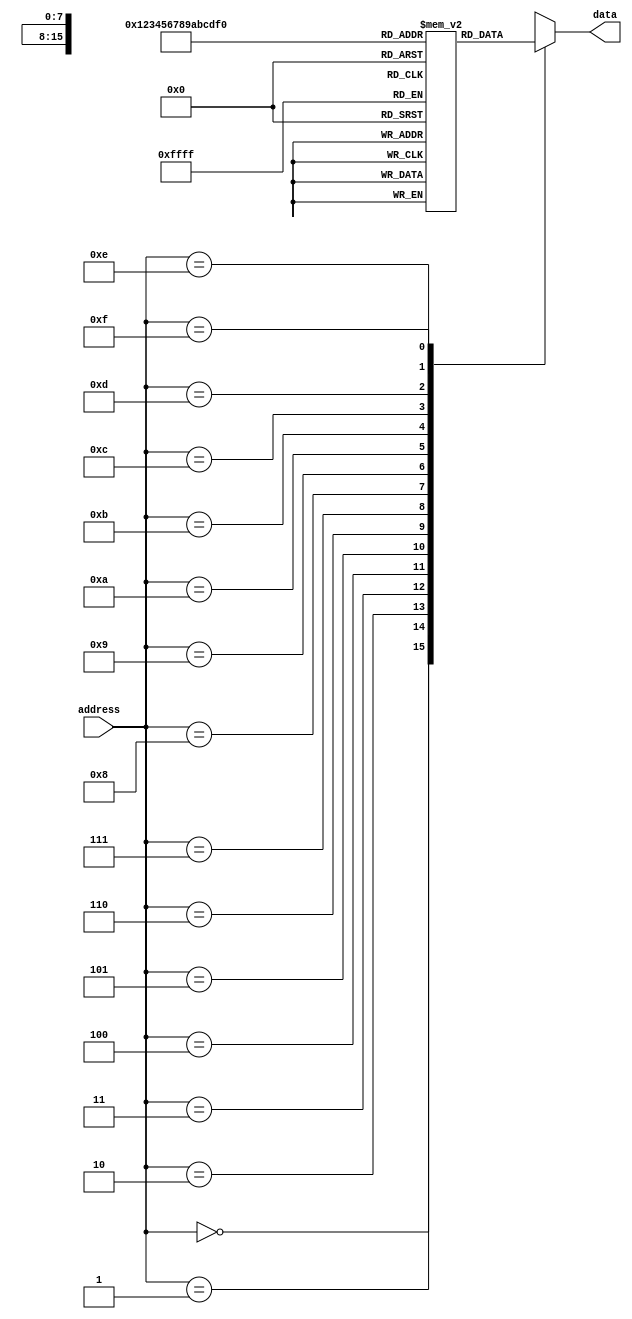
module ROM (
    input wire [3:0] address,
    output reg [7:0] data
);

reg [7:0] memory [15:0];

always @ (address) begin
    case (address)
        4'b0000: data <= memory[0];
        4'b0001: data <= memory[1];
        4'b0010: data <= memory[2];
        4'b0011: data <= memory[3];
        4'b0100: data <= memory[4];
        4'b0101: data <= memory[5];
        4'b0110: data <= memory[6];
        4'b0111: data <= memory[7];
        4'b1000: data <= memory[8];
        4'b1001: data <= memory[9];
        4'b1010: data <= memory[10];
        4'b1011: data <= memory[11];
        4'b1100: data <= memory[12];
        4'b1101: data <= memory[13];
        4'b1110: data <= memory[14];
        4'b1111: data <= memory[15];
    endcase
end

initial begin
    memory[0] = 8'b00000000;
    memory[1] = 8'b00000001;
    memory[2] = 8'b00000010;
    memory[3] = 8'b00000011;
    memory[4] = 8'b00000100;
    memory[5] = 8'b00000101;
    memory[6] = 8'b00000110;
    memory[7] = 8'b00000111;
    memory[8] = 8'b00001000;
    memory[9] = 8'b00001001;
    memory[10] = 8'b00001010;
    memory[11] = 8'b00001011;
    memory[12] = 8'b00001100;
    memory[13] = 8'b00001101;
    memory[14] = 8'b00001110;
    memory[15] = 8'b00001111;
end

endmodule